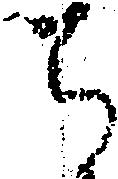
ち